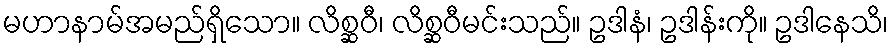
မဟာနာမ်အမည်ရှိသော။ လိစ္ဆဝီ၊ လိစ္ဆဝီမင်းသည်။ ဥဒါနံ၊ ဥဒါန်းကို။ ဥဒါနေသိ၊